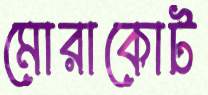
মোরাকোট